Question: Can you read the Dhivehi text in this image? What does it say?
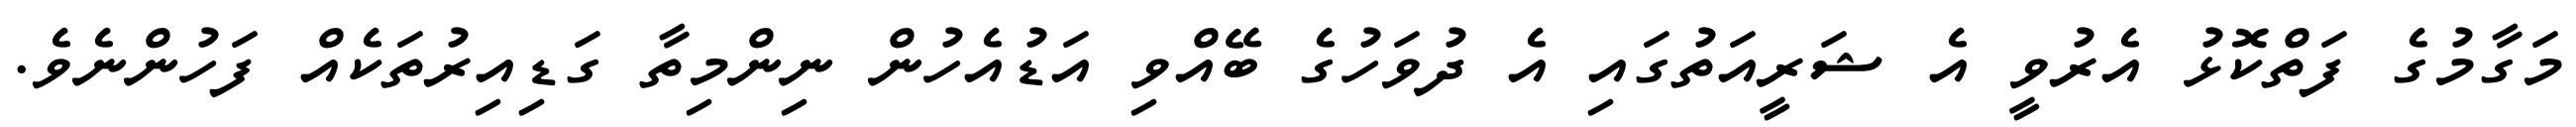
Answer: މަގާމުގެ ފަތްކޮޅު އެރުވީ އެ ޝަރީއަތުގައި އެ ދުވަހުގެ ބޭއްވި އަޑުއެހުން ނިންމިތާ ގަޑިއިރުތަކެއް ފަހުންނެވެ.